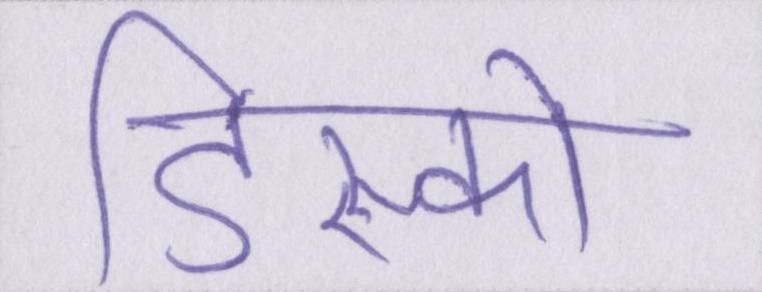
डिस्को